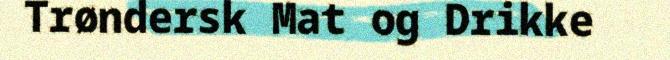
Trøndersk Mat og Drikke